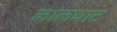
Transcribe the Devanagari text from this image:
लालघाट